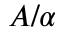
A / \alpha